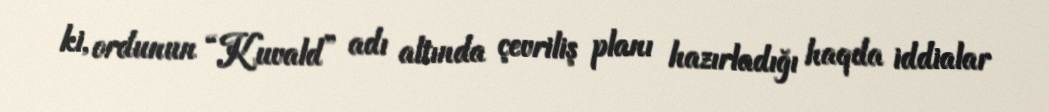
ki, ordunun “Kuvald” adı altında çevriliş planı hazırladığı haqda iddialar